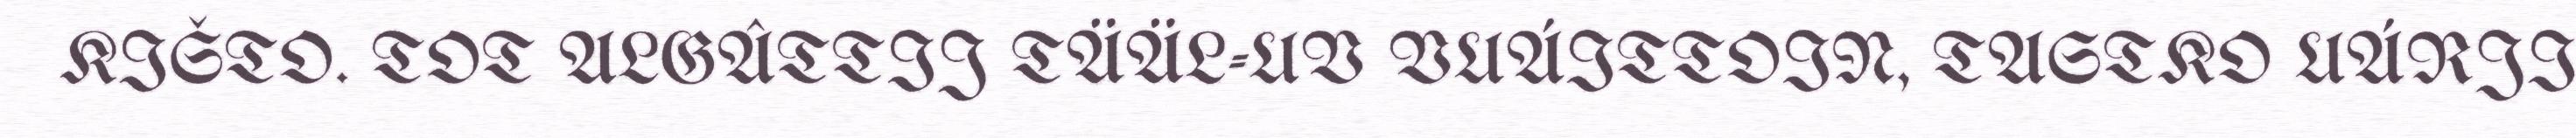
KIŠTO. TOT ALGÂTTIJ TÄÄL-UV VUÁITTOIN, TASTKO UÁRJI